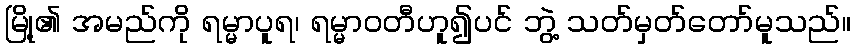
မြို့၏ အမည်ကို ရမ္မာပူရ၊ ရမ္မာဝတီဟူ၍ပင် ဘွဲ့ သတ်မှတ်တော်မူသည်။